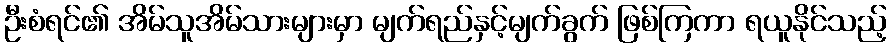
ဦးစံရင်၏ အိမ်သူအိမ်သားများမှာ မျက်ရည်နှင့်မျက်ခွက် ဖြစ်ကြကာ ရယူနိုင်သည့်